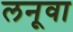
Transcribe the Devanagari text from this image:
लनूवा